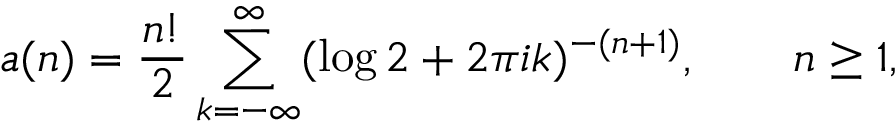
a ( n ) = { \frac { n ! } { 2 } } \sum _ { k = - \infty } ^ { \infty } ( \log 2 + 2 \pi i k ) ^ { - ( n + 1 ) } , \qquad n \geq 1 ,